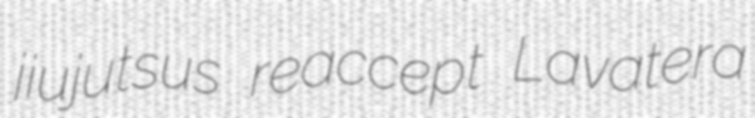
jiujutsus reaccept Lavatera